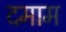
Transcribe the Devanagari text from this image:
दमाम